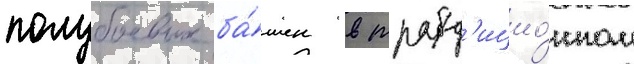
полубоевых ба́шен в трад'ицио́нном